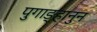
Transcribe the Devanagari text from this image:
पुगाङ्हानुन